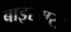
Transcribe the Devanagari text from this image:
बाइरैमस